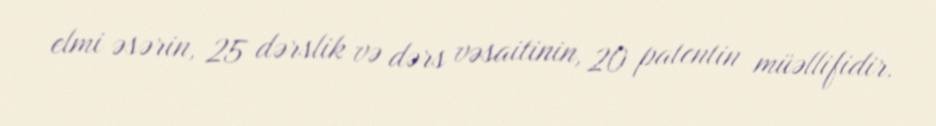
elmi əsərin, 25 dərslik və dərs vəsaitinin, 20 patentin müəllifidir.